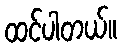
ထင်ပါတယ်။